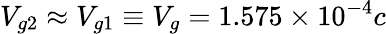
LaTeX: V_{g2}\approx V_{g1}\equiv V_{g}=1.575\times 10^{-4}c